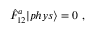
\displaystyle \hat { F } _ { 1 2 } ^ { a } | p h y s { \rangle } = 0 ~ ,